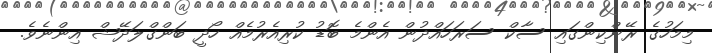
މިމަހުގެ ރޭންކިންގައި ސާކް ސަރަހައްދުން އެންމެ ބޮޑު ކުރިއެރުމެއް ހޯދީ ބަންގްލަދޭޝް އިންނެވެ.